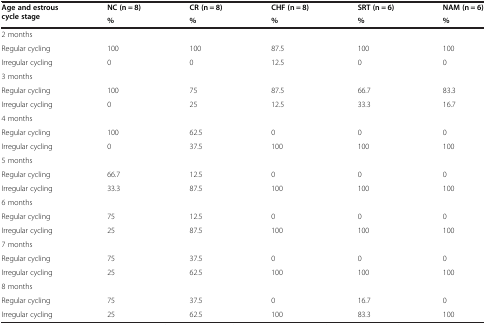
| <ROWSPAN=2> Age and estrous cycle stage | NC (n = 8) | CR (n = 8) | CHF (n = 8) | SRT (n = 6) | NAM (n = 6) |
 | % | % | % | % | % |
 | --- | --- | --- | --- | --- | --- |
 | 2 months |  |  |  |  |  |
 | Regular cycling | 100 | 100 | 87.5 | 100 | 100 |
 | Irregular cycling | 0 | 0 | 12.5 | 0 | 0 |
 | 3 months |  |  |  |  |  |
 | Regular cycling | 100 | 75 | 87.5 | 66.7 | 83.3 |
 | Irregular cycling | 0 | 25 | 12.5 | 33.3 | 16.7 |
 | 4 months |  |  |  |  |  |
 | Regular cycling | 100 | 62.5 | 0 | 0 | 0 |
 | Irregular cycling | 0 | 37.5 | 100 | 100 | 100 |
 | 5 months |  |  |  |  |  |
 | Regular cycling | 66.7 | 12.5 | 0 | 0 | 0 |
 | Irregular cycling | 33.3 | 87.5 | 100 | 100 | 100 |
 | 6 months |  |  |  |  |  |
 | Regular cycling | 75 | 12.5 | 0 | 0 | 0 |
 | Irregular cycling | 25 | 87.5 | 100 | 100 | 100 |
 | 7 months |  |  |  |  |  |
 | Regular cycling | 75 | 37.5 | 0 | 0 | 0 |
 | Irregular cycling | 25 | 62.5 | 100 | 100 | 100 |
 | 8 months |  |  |  |  |  |
 | Regular cycling | 75 | 37.5 | 0 | 16.7 | 0 |
 | Irregular cycling | 25 | 62.5 | 100 | 83.3 | 100 |